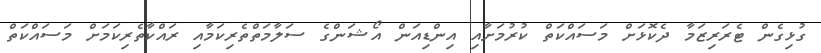
ގުޅިގެން ޓެރަރިޒަމާ ދެކޮޅަށް މަސައްކަތް ކުރުމަށާއި އިންޑިއަން އޯޝަންގެ ސަލާމަތްތެރިކަމާއި ރައްކާތެރިކަމަށް މަސައްކަތް